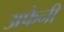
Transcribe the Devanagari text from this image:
अफेनी